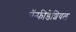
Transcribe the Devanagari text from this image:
कॉन्फीडेंशियल